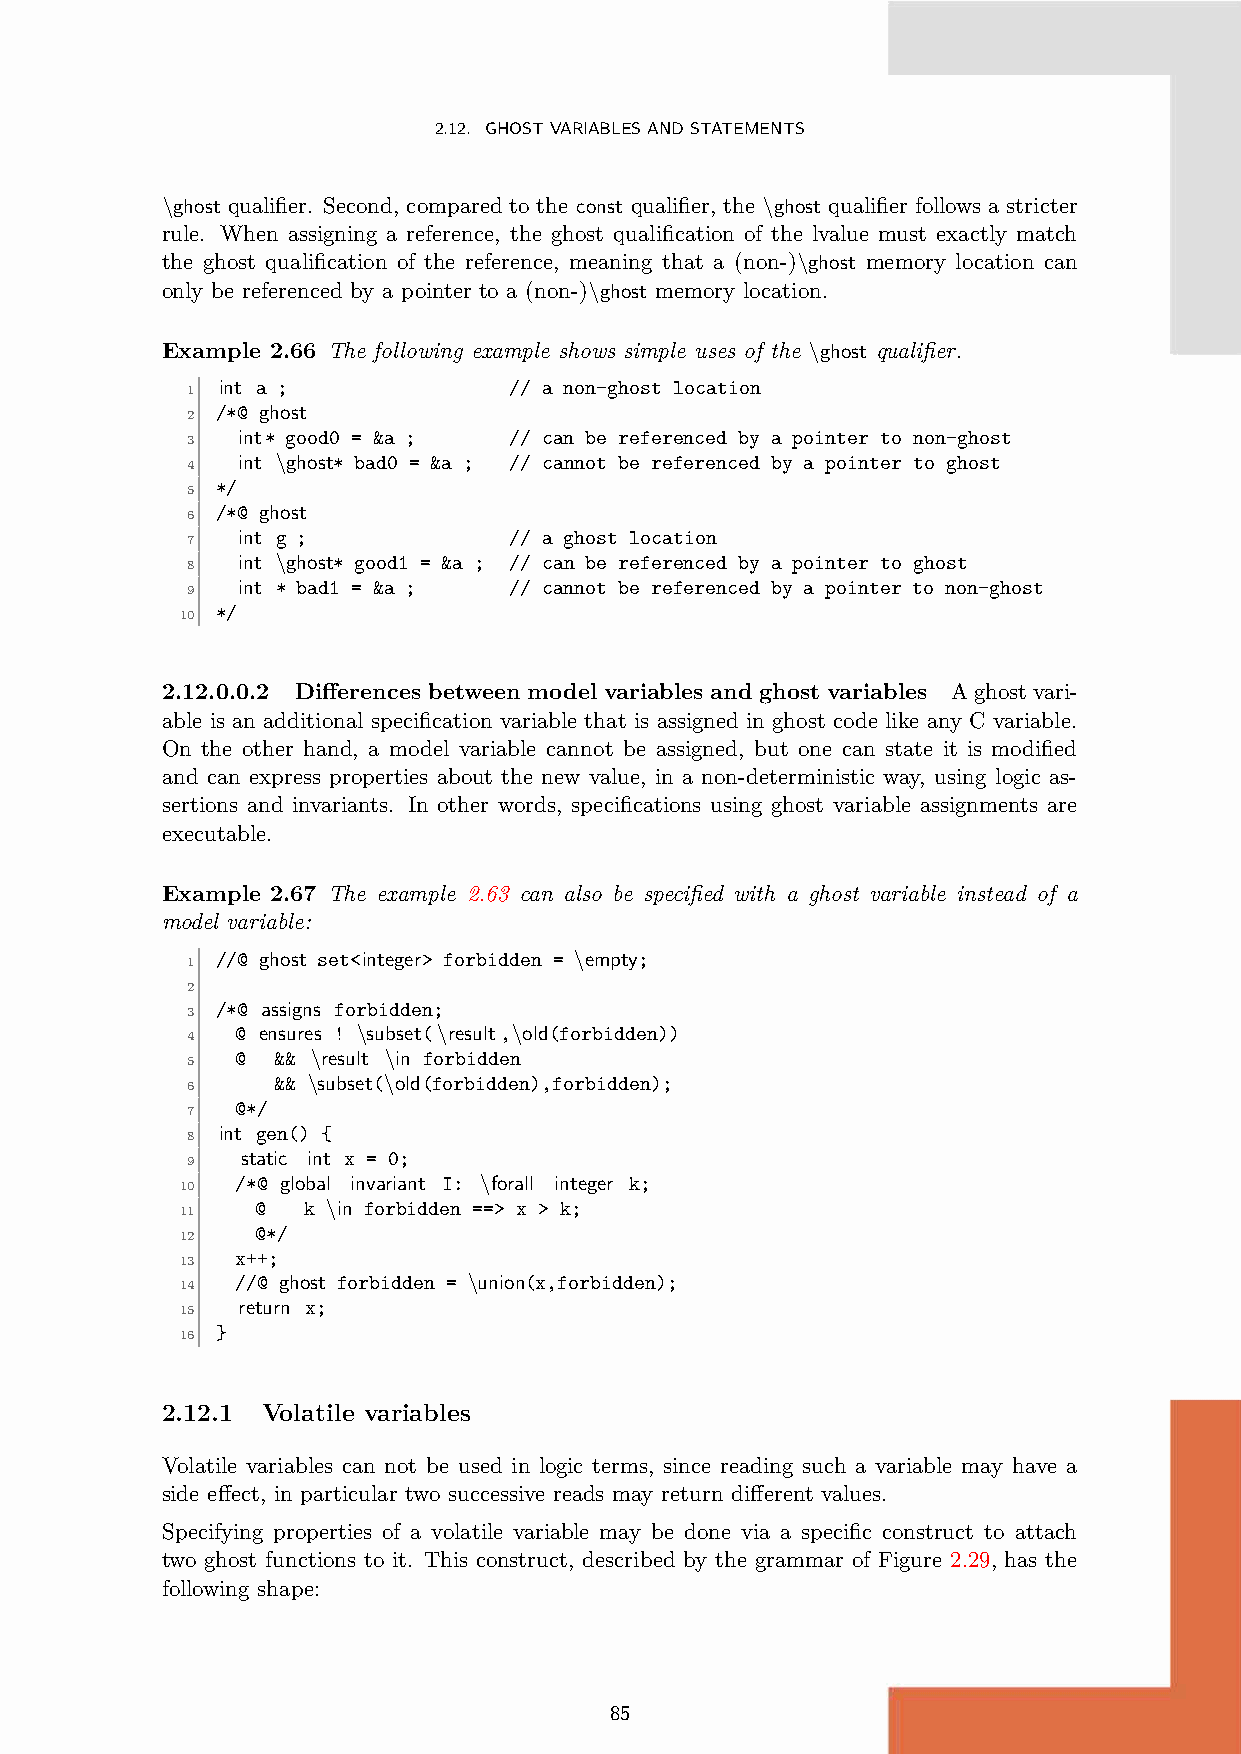
2.12. GHOSTVARIABLESANDSTATEMENTS
 \ghost qualifier. Second, compared to the const qualifier, the \ghost qualifier follows a stricter
 rule. When assigning a reference, the ghost qualification of the lvalue must exactly match
 the ghost qualification of the reference, meaning that a (non-)\ghost memory location can
 only be referenced by a pointer to a (non-)\ghost memory location.
 Example 2.66 The following example shows simple uses of the \ghost qualifier.
 int a ;             // a non-ghost location
 1
 /*@ ghost
 2
 int* good0 = &a ; // can be referenced by a pointer to non-ghost
 3
 int \ghost* bad0 = &a ; // cannot be referenced by a pointer to ghost
 4
 */
 5
 /*@ ghost
 6
 int g ;           // a ghost location
 7
 int \ghost* good1 = &a ; // can be referenced by a pointer to ghost
 8
 int * bad1 = &a ; // cannot be referenced by a pointer to non-ghost
 9
 */
 10
 2.12.0.0.2 Differences between model variables and ghost variables Aghostvari-
 able is an additional specification variable that is assigned in ghost code like any C variable.
 On the other hand, a model variable cannot be assigned, but one can state it is modified
 and can express properties about the new value, in a non-deterministic way, using logic as-
 sertions and invariants. In other words, specifications using ghost variable assignments are
 executable.
 Example 2.67 The example 2.63 can also be specified with a ghost variable instead of a
 model variable:
 //@ ghost set<integer> forbidden = \empty;
 1
 2
 /*@ assigns forbidden;
 3
 @ ensures ! \subset(\result,\old(forbidden))
 4
 @ && \result \in forbidden
 5
 && \subset(\old(forbidden),forbidden);
 6
 @*/
 7
 int gen() {
 8
 static int x = 0;
 9
 /*@ global invariant I: \forall integer k;
 10
 @  k \in forbidden ==> x > k;
 11
 @*/
 12
 x++;
 13
 //@ ghost forbidden = \union(x,forbidden);
 14
 return x;
 15
 }
 16
 2.12.1 Volatile variables
 Volatile variables can not be used in logic terms, since reading such a variable may have a
 side effect, in particular two successive reads may return different values.
 Specifying properties of a volatile variable may be done via a specific construct to attach
 two ghost functions to it. This construct, described by the grammar of Figure 2.29, has the
 following shape:
 85